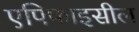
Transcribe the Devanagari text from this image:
एपिफाइसील